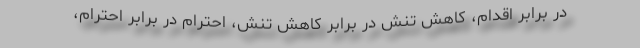
در برابر اقدام، کاهش تنش در برابر کاهش تنش، احترام در برابر احترام،